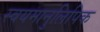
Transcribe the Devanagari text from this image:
स्वयमानुलिपिक